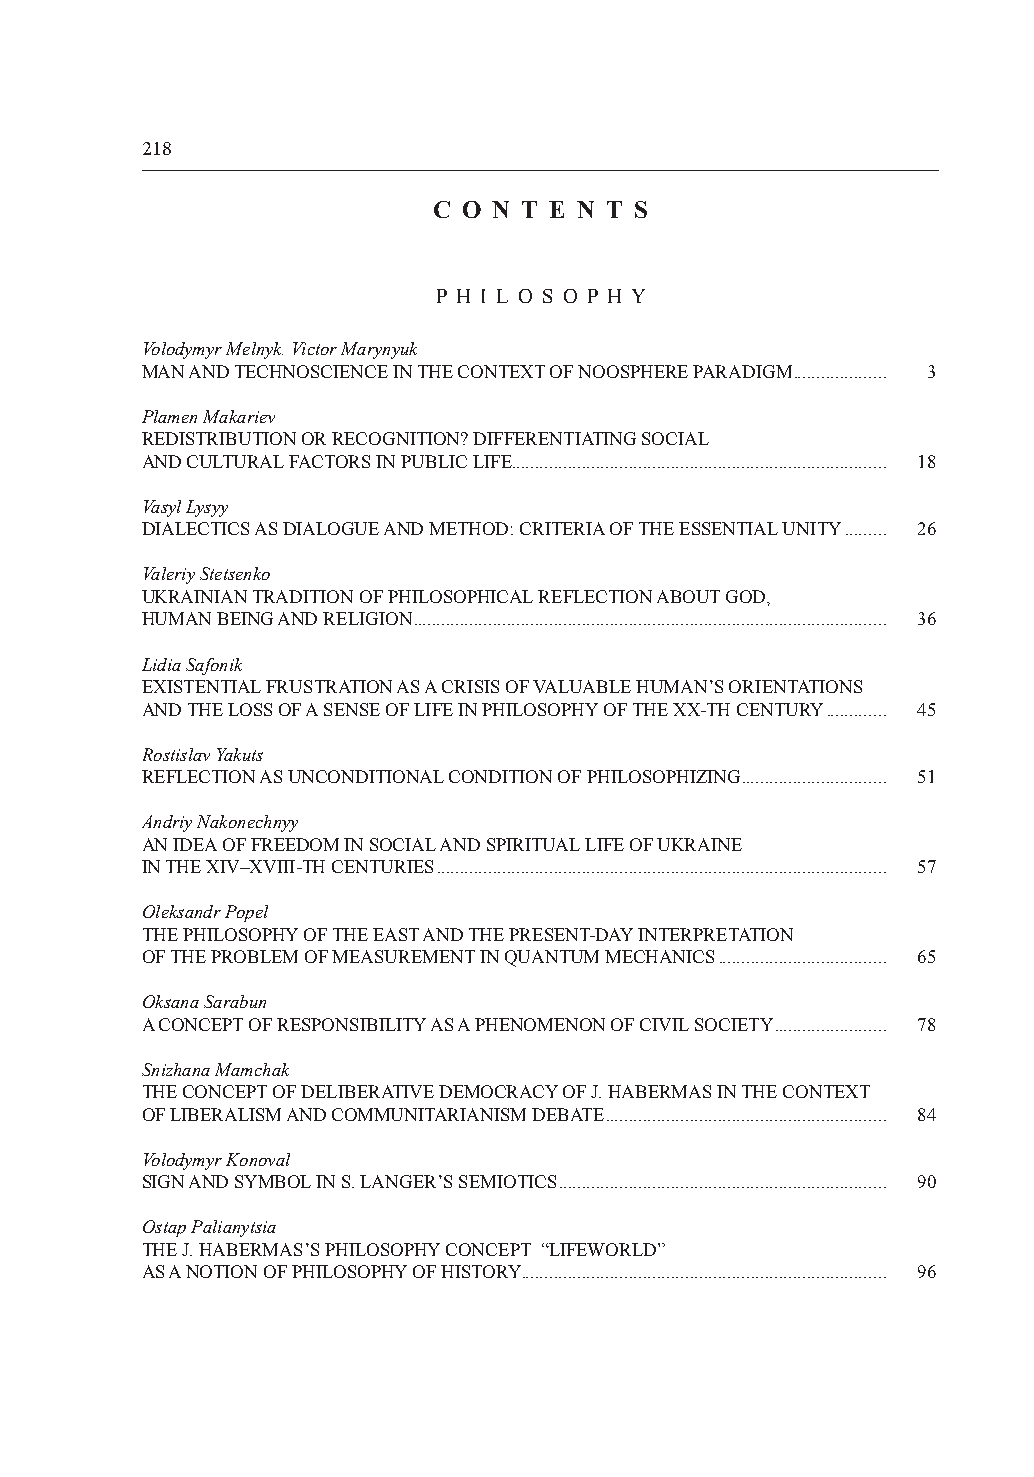
218
 C O N T E N T S
 P H I L O S O P H Y
 Volodymyr Melnyk. Victor Marynyuk
 MAN AND TECHNOSCIENCE IN THE CONTEXT OF NOOSPHERE PARADIGM .................... 3
 Plamen Makariev
 REDISTRIBUTION OR RECOGNITION? DIFFERENTIATING SOCIAL
 AND CULTURAL FACTORS IN PUBLIC LIFE................................................................................ 18
 Vasyl Lysyy
 DIALECTICS AS DIALOGUE AND METHOD: CRITERIA OF THE ESSENTIAL UNITY ......... 26
 Valeriy Stetsenko
 UKRAINIAN TRADITION OF PHILOSOPHICAL REFLECTION ABOUT GOD,
 HUMAN BEING AND RELIGION ..................................................................................................... 36
 Lidia Safonik
 EXISTENTIAL FRUSTRATION AS A CRISIS OF VALUABLE HUMAN’S ORIENTATIONS
 AND THE LOSS OF A SENSE OF LIFE IN PHILOSOPHY OF THE ХХ�TH CENTURY ............. 45
 Rostislav Yakuts
 REFLECTION AS UNCONDITIONAL CONDITION OF PHILOSOPHIZING ............................... 51
 Andriy Nakonechnyy
 AN IDEA OF FREEDOM IN SOCIAL AND SPIRITUAL LIFE OF UKRAINE
 IN THE XIV–XVIII�TH CENTURIES ................................................................................................ 57
 Oleksandr Popel
 THE PHILOSOPHY OF THE EAST AND THE PRESENT�DAY INTERPRETATION
 OF THE PROBLEM OF MEASUREMENT IN QUANTUM MECHANICS .................................... 65
 Oksana Sarabun
 A CONCEPT OF RESPONSIBILITY AS A PHENOMENON OF CIVIL SOCIETY ........................ 78
 Snizhana Mamchak
 THE CONCEPT OF DELIBERATIVE DEMOCRACY OF J. HABERMAS IN THE CONTEXT
 OF LIBERALISM AND COMMUNITARIANISM DEBATE ............................................................ 84
 Volodymyr Konoval
 SIGN AND SYMBOL IN S. LANGER’S SEMIOTICS ...................................................................... 90
 Ostap Palianytsia
 THE J. HABERMAS’S PHILOSOPHY CONCEPT “LIFEWORLD”
 AS A NOTION OF PHILOSOPHY OF HISTORY .............................................................................. 96